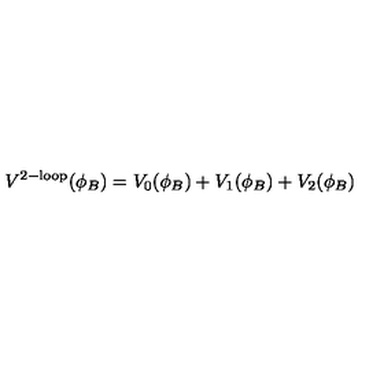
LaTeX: V ^ { \mathrm { 2 - l o o p } } ( \phi _ { B } ) = V _ { 0 } ( \phi _ { B } ) + V _ { 1 } ( \phi _ { B } ) + V _ { 2 } ( \phi _ { B } )